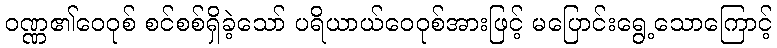
ဝဏ္ဏ၏ဝေဝုစ် စင်စစ်ရှိခဲ့သော် ပရိယာယ်ဝေဝုစ်အားဖြင့် မပြောင်းရွေ့သောကြောင့်